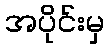
အပိုင်းမှ